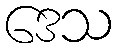
ဒေသ